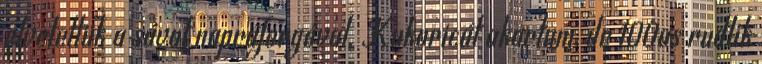
elvetettük a sávot napraforgóval. Kukoricát akartam, de 100as rudlik